Report on vaccination in Madras 1922-1929 - 1922-1929
Year: 1922
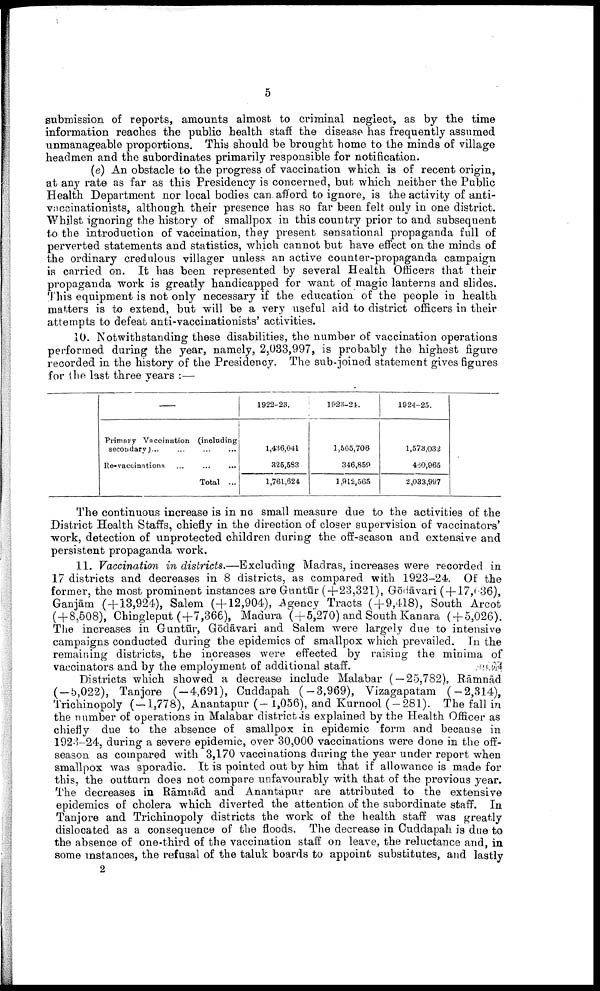
5
submission of reports, amounts almost to criminal neglect, as by the time
information reaches the public health staff the disease has frequently assumed
unmanageable proportions. This should be brought home to the minds of village
headmen and the subordinates primarily responsible for notification.
(e) An obstacle to the progress of vaccination which is of recent origin,
at any rate as far as this Presidency is concerned, but which neither the Public
Health Department nor local bodies can afford to ignore, is the activity of anti-
vnccinationists, although their presence has so far been felt only in one district.
Whilst ignoring the history of smallpox in this country prior to and subsequent
to the introduction of vaccination, they present sensational propaganda full of
perverted statements and statistics, which cannot but have effect on the minds of
the ordinary credulous villager unless an active counter-propaganda campaign
is carried on. It has been represented by several Health Officers that their
propaganda work is greatly handicapped for want of magic lanterns and slides.
This equipment is not only necessary if the education of the people in health
matters is to extend, but will be a very useful aid to district officers in their
attempts to defeat anti-vaccinationists' activities.
10. Notwithstanding these disabilities, the number of vaccination operations
performed during the year, namely, 2,033,997, is probably the highest figure
recorded in the history of the Presidency. The sub-joined statement gives figures
for the last three years :—
—
Primary Vaccination (including
secondary) ... … … …
Re-vaccinntions … … …
Total ...
1922-23.
1,436,041
325,533
1,761,624
1023-24.
1,565,706
346,859
1,912,565
1924-25.
1,573,032
460,965
2,033,997
The continuous increase is in no small measure due to the activities of the
District Health Staffs, chiefly in the direction of closer supervision of vaccinators'
work, detection of unprotected children during the off-season and extensive and
persistent propaganda work.
11. Vaccination in districts.—Excluding Madras, increases were recorded in
17 districts and decreases in 8 districts, as compared with 1923-24. Of the
former, the most prominent instances are Guntūr (+23,321), Gōdāvari ( + 17,636),
Ganjām (+13,924), Salem (+12,904), Agency Tracts (+9,418), South Arcot
(+8,508), Chingleput (+7,366), Madura (+5,270) and South Kanara ( + 5,026).
The increases in Guntūr, Gōdāvari and Salem were largely due to intensive
campaigns conducted during the epidemics of smallpox which prevailed. In the
remaining districts, the increases were effected by raising the minima of
vaccinators and by the employment of additional staff.
Districts which showed a decrease include Malabar ( - 25,782), Rāmuād
(-5,022), Tanjore (-4,691), Cuddapah (-3,969), Vizagapatam (-2,314),
Trichinopoly (-1,778), Anantapur (- 1,056), and Kurnool (-281). The fall in
the number of operations in Malabar district is explained by the Health Officer as
chiefly due to the absence of smallpox in epidemic form and because in
1923-24, during a severe epidemic, over 30,000 vaccinations were done in the off
season as compared with 3,170 vaccinations during the year under report when
smallpox was sporadic. It is pointed out by him that if allowance is made for
this, the outturn does not compare unfavourably with that of the previous year.
The decreases in Rāmuād and Anantapur are attributed to the extensive
epidemics of cholera which diverted the attention of the subordinate staff. In
Tanjore and Trichinopoly districts the work of the health staff was greatly
dislocated as a consequence of the floods. The decrease in Cuddapah is due to
the absence of one-third of the vaccination staff on leave, the reluctance and, in
some instances, the refusal of the taluk boards to appoint substitutes, and lastly
2